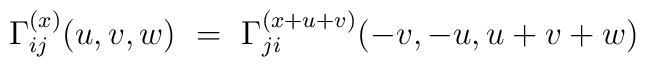
{\Gamma}^{(x)}_{ij}(u,v,w)\ =\ {\Gamma}^{(x+u+v)}_{ji}(-v,-u,u+v+w)